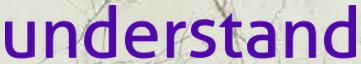
understand